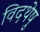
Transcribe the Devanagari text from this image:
विदथेषु